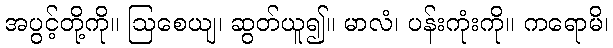
အပွင့်တို့ကို။ ဩစေယျ၊ ဆွတ်ယူ၍။ မာလံ၊ ပန်းကုံးကို။ ကရောမိ၊